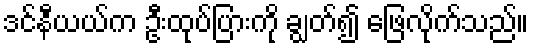
ဒင်နီယယ်က ဦးထုပ်ပြားကို ချွတ်၍ ဖြေလိုက်သည်။